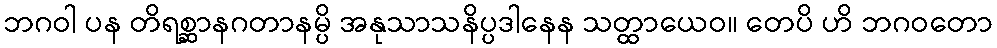
ဘဂဝါ ပန တိရစ္ဆာနဂတာနမ္ပိ အနုသာသနိပ္ပဒါနေန သတ္ထာယေဝ။ တေပိ ဟိ ဘဂဝတော